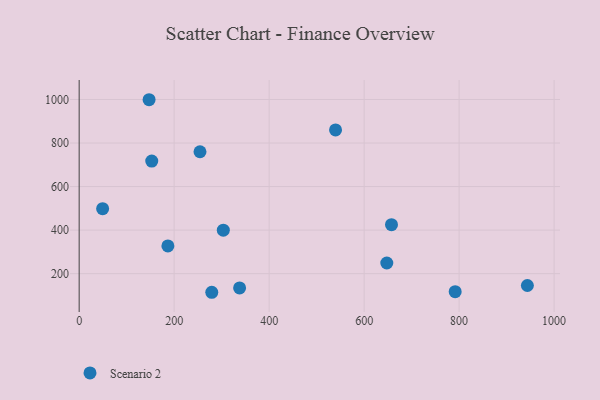
{"axis": {"x": "Distance", "y": "Profit"}, "legend": ["Scenario 2"], "data": [{"x": "647.7", "y": 248.9, "type": "Scenario 2"}, {"x": "186.8", "y": 327.4, "type": "Scenario 2"}, {"x": "147.2", "y": 998.8, "type": "Scenario 2"}, {"x": "657.6", "y": 425.1, "type": "Scenario 2"}, {"x": "303.5", "y": 399.9, "type": "Scenario 2"}, {"x": "337.8", "y": 134.5, "type": "Scenario 2"}, {"x": "279.2", "y": 114.5, "type": "Scenario 2"}, {"x": "49.4", "y": 498.6, "type": "Scenario 2"}, {"x": "539.8", "y": 860.1, "type": "Scenario 2"}, {"x": "791.7", "y": 117.4, "type": "Scenario 2"}, {"x": "943.7", "y": 145.6, "type": "Scenario 2"}, {"x": "254.4", "y": 759.9, "type": "Scenario 2"}, {"x": "152.8", "y": 717.2, "type": "Scenario 2"}]}